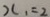
x _ { 1 } = 2